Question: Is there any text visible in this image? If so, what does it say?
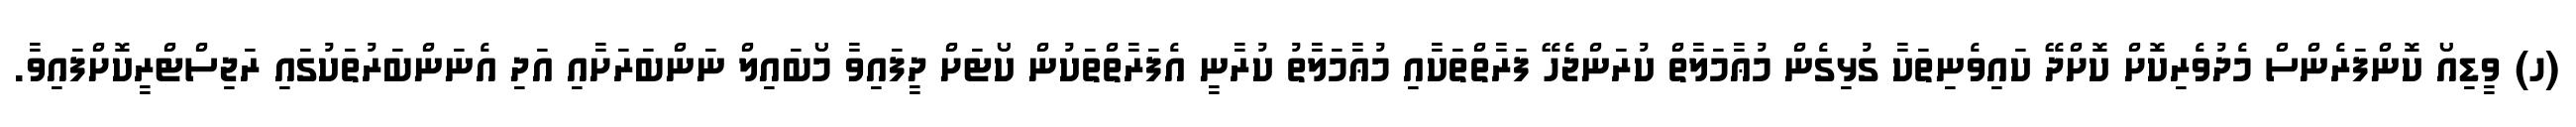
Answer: (ހ) ވީޑިއޯ ކޮންފަރެންސް މެދުވެރިކޮށް ކޮށްދޭ ކައިވެނިތަކާ ގުޅިގެން މުޢާމަލާތް ކުރަންޖެހޭ ފަރާތްތަކާއި މުޢާމަލާތު ކުރާނީ އެފަރާތްތަކުން ކޯޓަށް ދީފައިވާ މޯބައިލް ނަންބަރަށާއި އަދި އެނަންބަރުތަކުގައި ރަޖިސްޓްރީކޮށްފައިވާ.